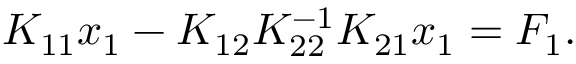
K _ { 1 1 } x _ { 1 } - K _ { 1 2 } K _ { 2 2 } ^ { - 1 } K _ { 2 1 } x _ { 1 } = F _ { 1 } .